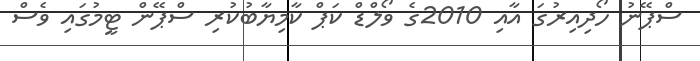
ސްޕޭނު ހޯދިއިރުގަ އާއި 2010ގެ ވޯލްޑް ކަޕް ކާމިޔާބުކުރި ސްޕޭން ޓީމުގައި ވެސް